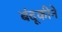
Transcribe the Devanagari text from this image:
बंदूकीने